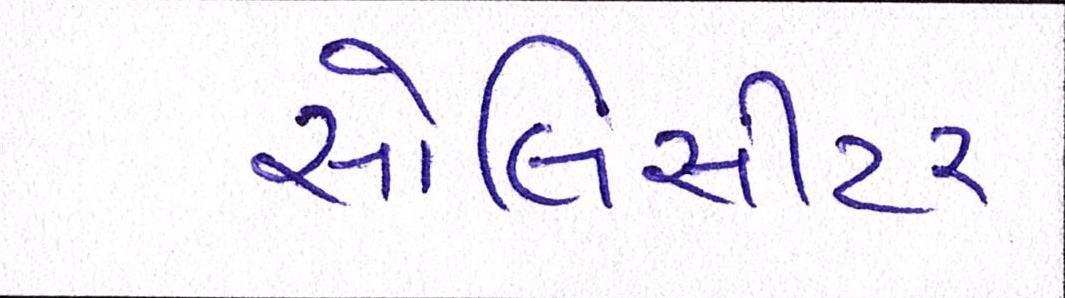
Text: સોલિસીટર